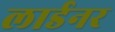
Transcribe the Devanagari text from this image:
लार्डनर